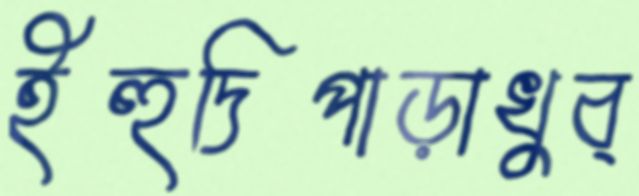
ইহুদিপাড়াখুব্‌